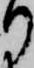
り